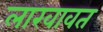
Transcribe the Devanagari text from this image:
लाखावत